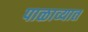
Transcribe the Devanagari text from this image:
पाळाव्यात